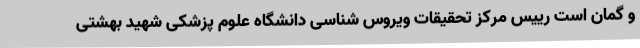
و گمان است رییس مرکز تحقیقات ویروس شناسی دانشگاه علوم پزشکی شهید بهشتی